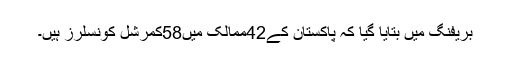
بریفنگ میں بتایا گیا کہ پاکستان کے42ممالک میں58کمرشل کونسلرز ہیں۔